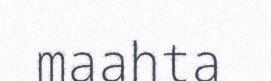
maahta